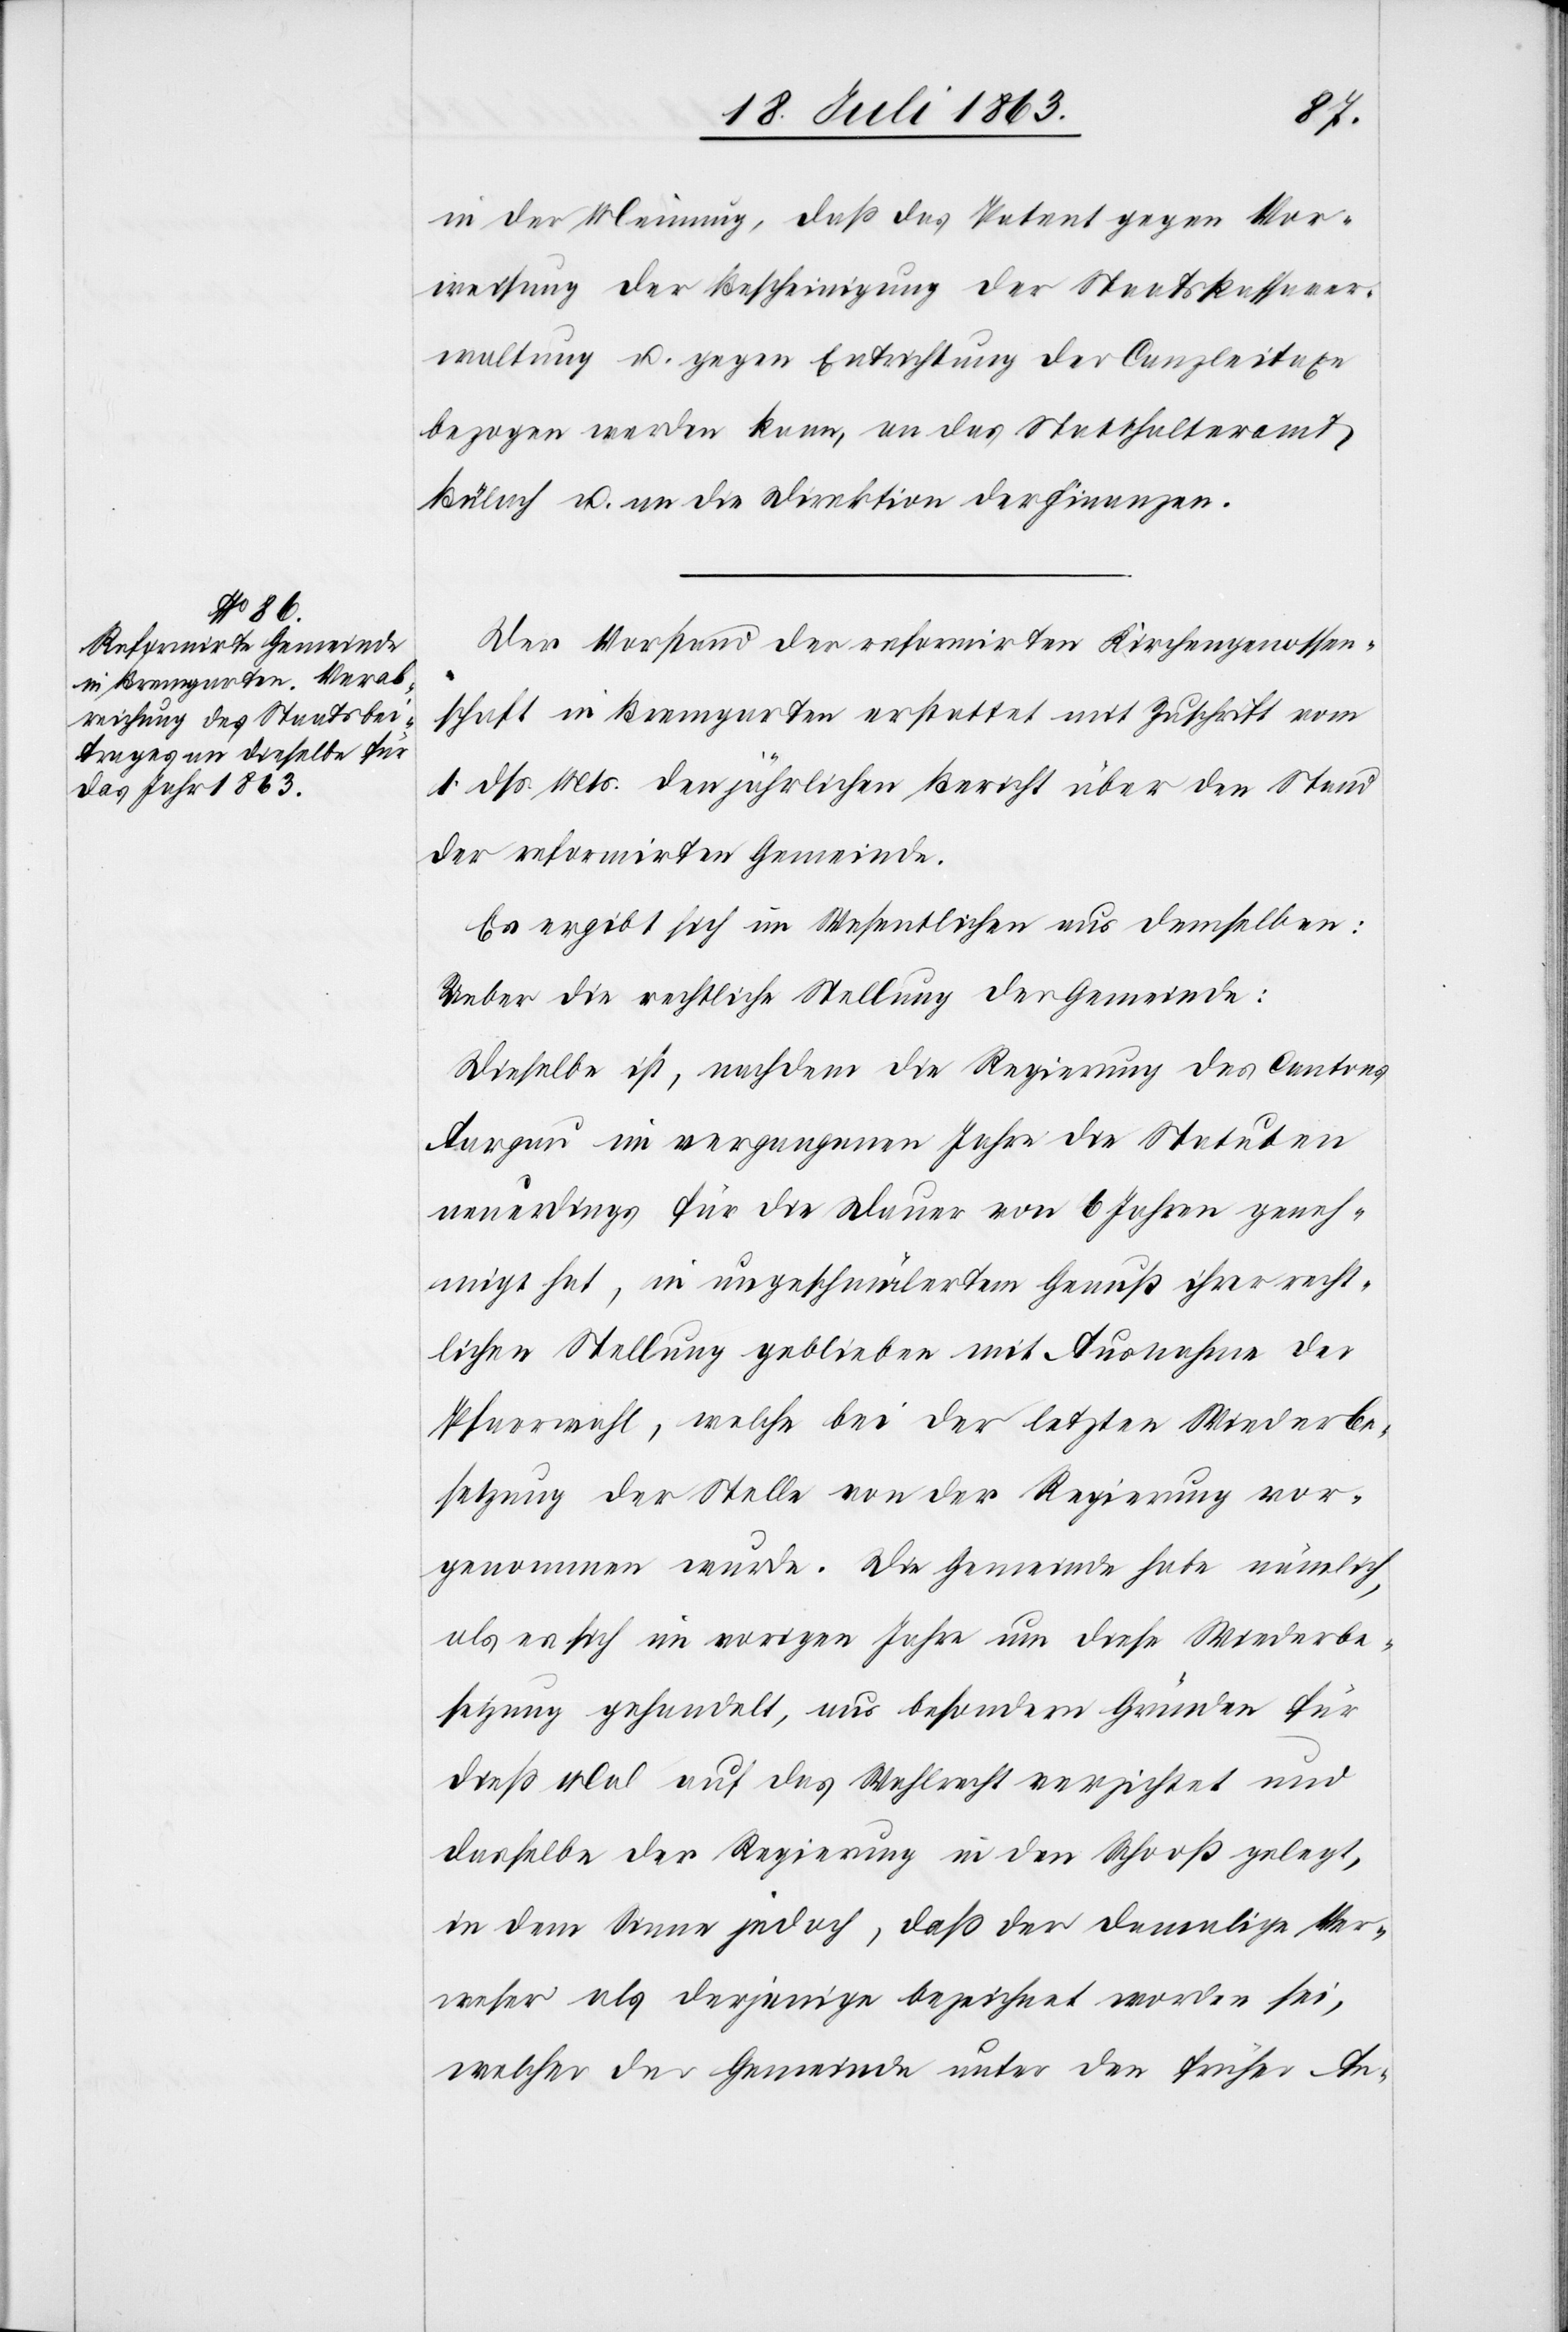
in der Meinung, daß das Patent gegen Vor¬
weisung der Bescheinigung der Staatskassaver¬
waltung u. gegen Entrichtung der Canzleitaxe
bezogen werden kann, an das Statthalteramt
Bülach u. an die Direktion der Finanzen.
Der Vorstand der reformirten Kirchengenossen¬
schaft in Bremgarten erstattet mit Zuschrift vom
1. dß. Mts. den jährlichen Bericht über den Stand
der reformirten Gemeinde.
Es ergibt sich im Wesentlichen aus demselben:
Ueber die rechtliche Stellung der Gemeinde:
Dieselbe ist, nachdem die Regierung des Cantons
Aargau im vergangenen Jahre die Statuten
neuerdings für die Dauer von 6 Jahren geneh¬
migt hat, in ungeschmälertem Genuß ihrer recht¬
lichen Stellung geblieben mit Ausnahme der
Pfarrwahl, welche bei der letzten Wiederbe¬
setzung der Stelle von der Regierung vor¬
genommen wurde. Die Gemeinde habe nämlich,
als es sich im vorigen Jahre um diese Wiederbe¬
setzung gehandelt, aus besondern Gründen für
dieß Mal auf das Wahlrecht verzichtet und
dasselbe der Regierung in den Schooß gelegt,
in dem Sinne jedoch, daß der damalige Ver¬
weser als derjenige bezeichnet worden sei,
welcher der Gemeinde unter den früher An-